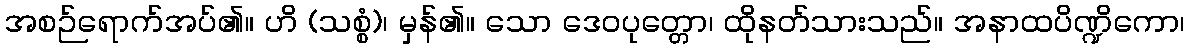
အစဉ်ရောက်အပ်၏။ ဟိ (သစ္စံ)၊ မှန်၏။ သော ဒေဝပုတ္တော၊ ထိုနတ်သားသည်။ အနာထပိဏ္ဍိကော၊